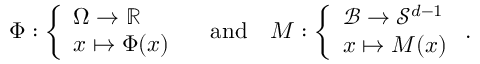
\Phi : \left\{ \begin{array} { l } { { \Omega } \rightarrow \mathbb { R } } \\ { { \boldsymbol { x } } \mapsto \Phi ( { \boldsymbol { x } } ) } \end{array} \right. \quad \mathrm { a n d } \quad { \boldsymbol { M } } : \left\{ \begin{array} { l } { { \mathcal { B } } \rightarrow { \mathcal { S } } ^ { d - 1 } } \\ { { \boldsymbol { x } } \mapsto { \boldsymbol { M } } ( { \boldsymbol { x } } ) } \end{array} \right. .